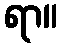
ရာ။